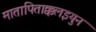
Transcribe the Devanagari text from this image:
मातापिताक्कलइयुन